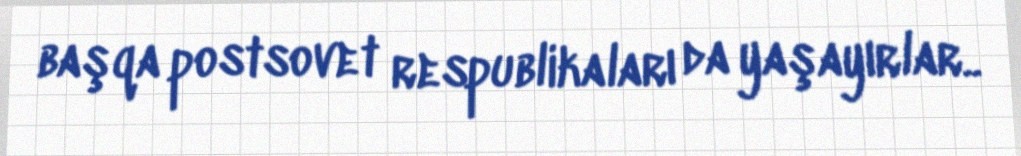
başqa postsovet respublikaları da yaşayırlar..